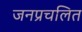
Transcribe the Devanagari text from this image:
जनप्रचलित